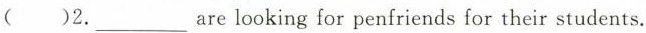
( )2.___are looking for penfriends for their students.